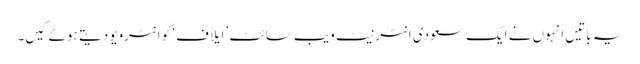
یہ باتیں انہوں نے ایک سعودی انٹرنیٹ ویب سائٹ ’ایلاف‘ کو انٹرویو دیتے ہوئے کیں۔